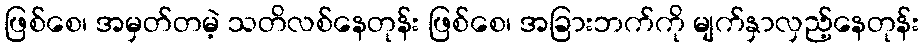
ဖြစ်စေ၊ အမှတ်တမဲ့ သတိလစ်နေတုန်း ဖြစ်စေ၊ အခြားဘက်ကို မျက်နှာလှည့်နေတုန်း